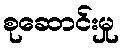
စုဆောင်းမှု